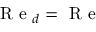
\mathrm { ~ R ~ e ~ } _ { d } = \mathrm { ~ R ~ e ~ }